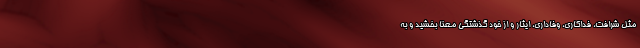
مثل شرافت، فداکاری، وفاداری، ایثار و از خود گذشتگی معنا بخشید و به